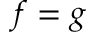
f = g